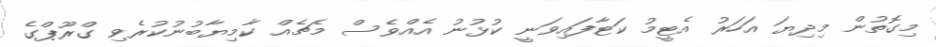
މިގޮތުން މިދިޔަ އަހަރު އެޓީމު ކަޓާފައިވަނީ ކުޅުނު އެއްވެސް މެޗެއް ކާމިޔާބުނުކުރެވި ގްރޫޕްގެ